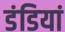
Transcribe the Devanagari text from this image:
डंडियां